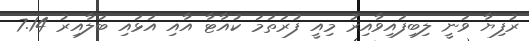
ރުފިޔާ ވަނީ ލިބިފައިވާއިރު މިއީ ފުރަތަމަ ކުއާޓާ އާއި އަޅައި ބަލާއިރު 7.14